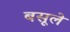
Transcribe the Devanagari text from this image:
बसूले